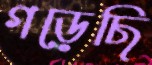
গড়েছি